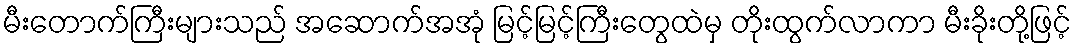
မီးတောက်ကြီးများသည် အဆောက်အအုံ မြင့်မြင့်ကြီးတွေထဲမှ တိုးထွက်လာကာ မီးခိုးတို့ဖြင့်